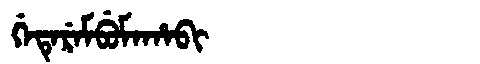
Manchu: ᡤᡝᡨᡝᡵᡝᠮᠪᡠᠮᠠᡥᠠᠪᡳ
Romanization: GETEREMBUMAHABI